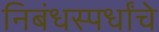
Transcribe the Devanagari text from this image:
निबंधस्पर्धांचे